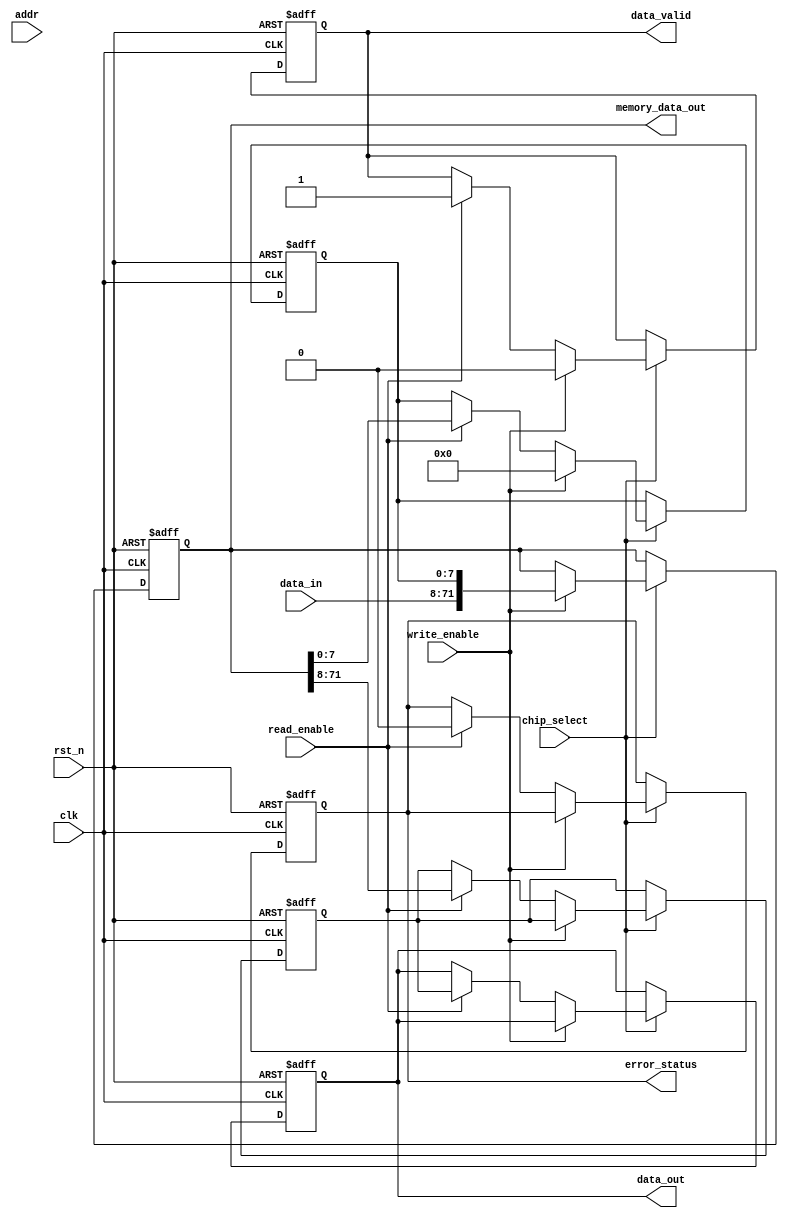
module ecc_dram_io_block (
    input wire clk,                    // Clock signal
    input wire rst_n,                  // Active low reset
    input wire [63:0] data_in,         // Data input from memory controller
    input wire [7:0] addr,             // Address input
    input wire read_enable,             // Read enable signal
    input wire write_enable,            // Write enable signal
    input wire chip_select,             // Chip select signal
    output reg [63:0] data_out,        // Data output to memory controller
    output reg data_valid,              // Data valid signal
    output reg error_status,            // Error status signal
    output reg [71:0] memory_data_out   // Memory data output with ECC (64 data + 8 ECC bits)
);

    // ECC parameters
    parameter DATA_WIDTH = 64;
    parameter ECC_WIDTH = 8;

    // Internal signals
    reg [DATA_WIDTH-1:0] data_buffer;
    reg [ECC_WIDTH-1:0] ecc_buffer;
    
    // Hamming Code Generation (Example for simplicity)
    function [ECC_WIDTH-1:0] hamming_encode;
        input [DATA_WIDTH-1:0] data;
        // Simple Hamming(72,64) encoding, for illustrative purposes
        // Note: Actual implementation would require proper Hamming logic
        begin
            hamming_encode = 8'b0; // Placeholder for actual encoding logic
            // Implement ECC encoding logic here
        end
    endfunction

    // Hamming Code Error Correction (Example for simplicity)
    function [DATA_WIDTH-1:0] hamming_decode;
        input [DATA_WIDTH-1:0] data;
        input [ECC_WIDTH-1:0] ecc;
        // Placeholder for actual decoding and error correction logic
        begin
            hamming_decode = data; // Placeholder for actual decoding logic
            // Implement ECC decoding logic here
        end
    endfunction

    always @(posedge clk or negedge rst_n) begin
        if (!rst_n) begin
            data_buffer <= 64'b0;
            ecc_buffer <= 8'b0;
            data_out <= 64'b0;
            data_valid <= 1'b0;
            error_status <= 1'b0;
            memory_data_out <= 72'b0;
        end else begin
            if (chip_select) begin
                if (write_enable) begin
                    // Write Operation
                    ecc_buffer <= hamming_encode(data_in);
                    memory_data_out <= {data_in, ecc_buffer}; // Store data + ECC
                    data_valid <= 1'b0; // Not valid until read operation
                end else if (read_enable) begin
                    // Read Operation
                    {data_buffer, ecc_buffer} <= memory_data_out; // Read data + ECC
                    // Check for errors using ECC
                    error_status <= 1'b0; // Placeholder for actual error checking logic
                    if (error_status) begin
                        data_out <= hamming_decode(data_buffer, ecc_buffer);
                    end else begin
                        data_out <= data_buffer; // No error, send original data
                    end
                    data_valid <= 1'b1; // Data is now valid
                end
            end
        end
    end
    
endmodule